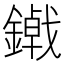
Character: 𮣃